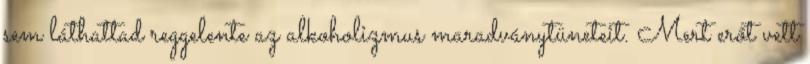
sem láthattad reggelente az alkoholizmus maradványtüneteit. Mert erőt vett